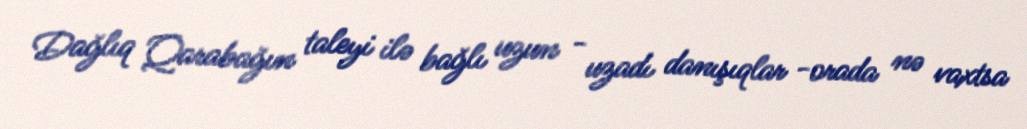
Dağlıq Qarabağın taleyi ilə bağlı uzun - uzadı danışıqlar -orada nə vaxtsa